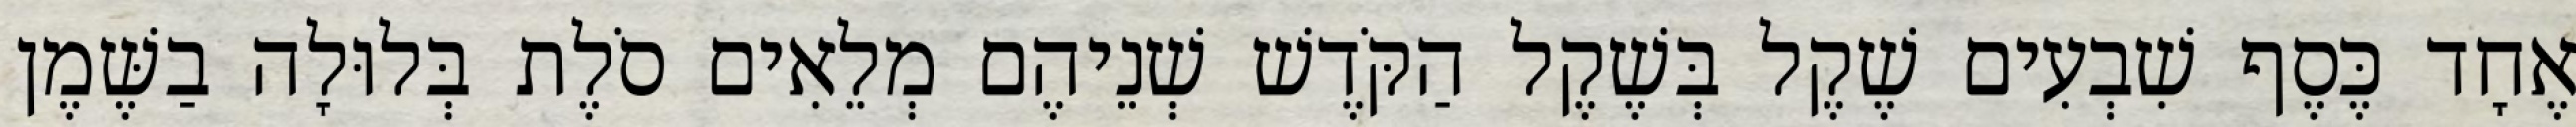
אֶחָד כֶּסֶף שִׁבְעִים שֶׁקֶל בְּשֶׁקֶל הַקֹּדֶשׁ שְׁנֵיהֶם מְלֵאִים סֹלֶת בְּלוּלָה בַשֶּׁמֶן